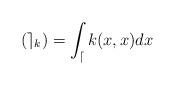
LaTeX: \begin{align*} (\mathcal{e}_k) = \int_{\mathcal{d}}k(x,x)dx\end{align*}